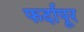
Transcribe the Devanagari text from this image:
फर्दापूर